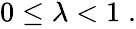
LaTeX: \begin{array}{r}{0\leq\lambda<1\; .}\end{array}